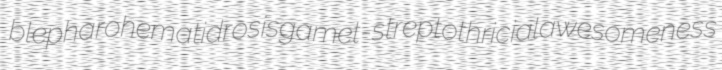
blepharohematidrosis gamet- streptothricial awesomeness